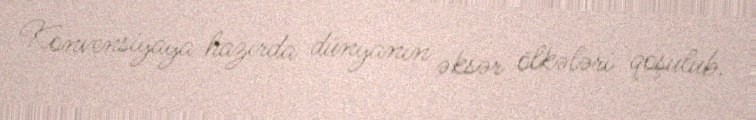
Konvensiyaya hazırda dünyanın əksər ölkələri qoşulub.